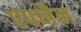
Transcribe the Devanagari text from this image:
एफ्मैन